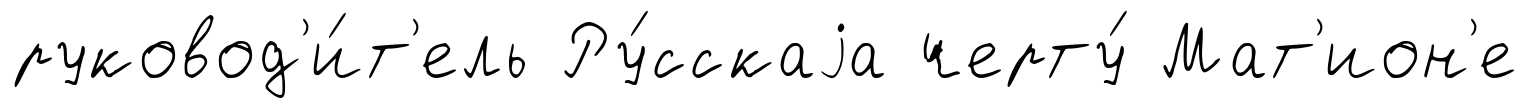
руковод'и́т'ель Ру́сскаjа черту́ Мат'ион'е